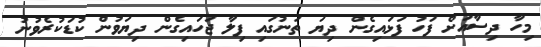
މިހާ ދިސާއަށް ފަހު ފަޅައިގެން ދިޔަ ތަނުގައި ފިލާ ޖަހައިގެން ދިޔަވުން ކުޑަކުރެވުނު